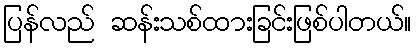
ပြန်လည် ဆန်းသစ်ထားခြင်းဖြစ်ပါတယ်။